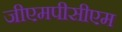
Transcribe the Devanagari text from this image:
जीएमपीसीएम